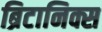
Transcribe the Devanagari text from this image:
ब्रिटानिक्स